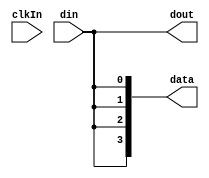
module ShiftRegister(din,clkIn,data,dout);
	input din,clkIn;
	output dout;
	output [3:0]data;
	reg [3:0]value=4'b0000;
	reg t1;
	
	always @(clkIn)
	begin
		t1=value[0];
		value=value>>1;
		value[3]=din;
	end
	
	assign data=value;
	assign dout=t1;
endmodule
//---------------------------------------------------------------------------------------------------
module Main();
	reg clk,sin,tmp2,tmp4;
	wire [3:0]data1,data2;
	wire tmp1,tmp3;
	integer i;
	
	initial begin
		$dumpfile("Exp11.vcd");
		$dumpvars;
		clk=1'b0;	sin=1'b1;	tmp2=1'b1; tmp4=1'b1;
		$display("------------------------------------------");
		$display("      Ring And Johnson Counters\n");
		$display("            Johnson Counter  Ring Counter");
		$display("Time\tClk\tOutput\t\tOutput");
		$display("------------------------------------------");
		for(i=1;i<=20;i=i+1)
		begin
			$display("%g\t%b\t%b\t\t%b",$time,clk,data1,data2);
			#1	tmp2=~tmp1;	tmp4=tmp3;
		end
		$finish;
	end
	
	always begin
		#1 clk=~clk;
	end
	
	ShiftRegister s1(tmp2,clk,data1,tmp1);
	ShiftRegister s2(tmp4,clk,data2,tmp3);
endmodule